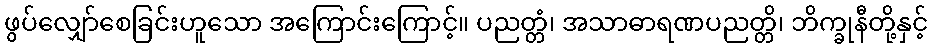
ဖွပ်လျှော်စေခြင်းဟူသော အကြောင်းကြောင့်။ ပညတ္တံ၊ အသာဓာရဏပညတ္တိ၊ ဘိက္ခုနီတို့နှင့်